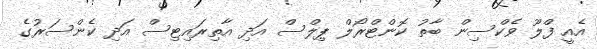
އެއީ ފްލޫ ވެކްސިން ބާތު ކޮންޓްރޯލް ޕިލްސް އަދި އާތިރައިޓިސް އަދި ކެންސަރުގެ